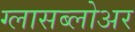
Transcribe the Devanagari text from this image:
ग्लासब्लोअर